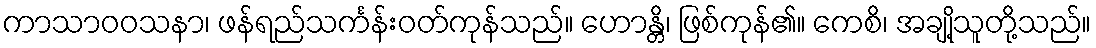
ကာသာဝဝသနာ၊ ဖန်ရည်သင်္ကန်းဝတ်ကုန်သည်။ ဟောန္တိ၊ ဖြစ်ကုန်၏။ ကေစိ၊ အချို့သူတို့သည်။